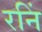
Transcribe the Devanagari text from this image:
रनिं